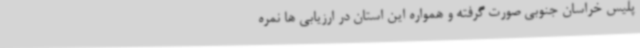
پلیس خراسان جنوبی صورت گرفته و همواره این استان در ارزیابی ها نمره